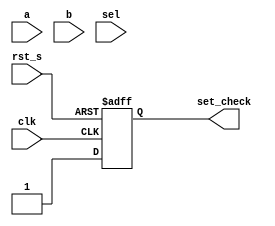
`timescale 1ns / 1ps
//////////////////////////////////////////////////////////////////////////////////
// Company: 
// Engineer: 
// 
// Design Name: 
// Module Name: Administrator
// Project Name: 
// Target Devices: 
// Tool Versions: 
// Description: 
// 
// Dependencies: 
// 
// Revision:
// Revision 0.01 - File Created
// Additional Comments:
// 
//////////////////////////////////////////////////////////////////////////////////


module Administrator(
input clk,rst_s,a,b,
input[3:0] sel,
output reg set_check

    );
     reg[2:0]set_state;
     reg[2:0]next_set_state;
     reg[1:0] mode;
    parameter
    RESTART = 3'b000,
    OPEN = 3'b001,
    RULE = 3'b010,
    EXCEED = 3'b011,
    INFO = 3'b100,
    RESET = 3'b101,
        //wash_state
    LARGE =2'b00,
    MIDDLE =2'b01, 
    SMALL = 2'b10,
    DRY = 2'b11;
    
    always@(posedge clk or negedge rst_s) 
        begin
           if(!rst_s)
            begin
                set_state <= RESTART;
                set_check <= 1'b0;
            end
            else
            begin
                set_state <= next_set_state;
                set_check <= 1'b1;
            end
        end
        
     always@(*)
     begin
     case(set_state)
     RESTART: next_set_state = OPEN;
     
    OPEN:
          if(a)
          next_set_state = RULE;
          else
          next_set_state = OPEN;
     
     RULE:
      if (b) begin
                        case(sel)
                           4'b1000: begin
                           mode = LARGE;
                           next_set_state = EXCEED;
                           end
                           4'b0100: begin
                           mode = MIDDLE;
                           next_set_state = EXCEED;
                           end
                           4'b0010: begin
                           mode = SMALL;
                           next_set_state = EXCEED;
                           end
                           4'b0001: begin
                           mode = DRY;
                           next_set_state = EXCEED;
                           end
                           default:next_set_state = RULE;
                           endcase
                           end
                    else next_set_state = RULE;
     
     EXCEED:
     if(a)
     next_set_state = INFO;
     else
     next_set_state = EXCEED;
     
     INFO:
     if(b)
     next_set_state = RESET;
     else
     next_set_state = INFO;
     
     RESET:
     if(a)
     next_set_state =OPEN;
     else
     next_set_state = RESET;
     
     endcase
     end
endmodule